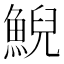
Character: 鯢